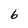
Character: 6